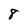
Character: 8